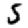
Digit: 5